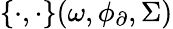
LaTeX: \{ \cdot,\cdot\} (\omega,\phi_{\partial},\Sigma)